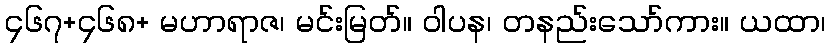
၄၆၇+၄၆၈+ မဟာရာဇ၊ မင်းမြတ်။ ဝါပန၊ တနည်းသော်ကား။ ယထာ၊